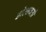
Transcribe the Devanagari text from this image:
डोलावतो